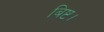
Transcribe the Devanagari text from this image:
बिष्ट।